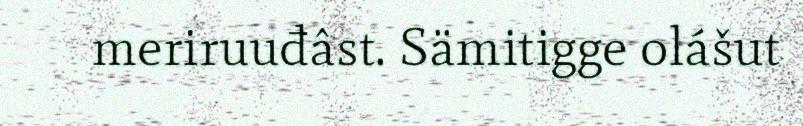
meriruuđâst. Sämitigge olášut